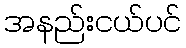
အနည်းငယ်ပင်